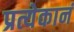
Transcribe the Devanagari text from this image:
प्रत्येकानं